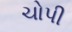
ચોપી